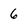
Character: 6